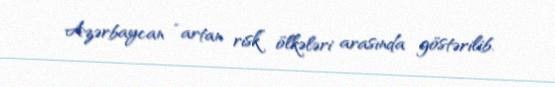
Azərbaycan “artan risk” ölkələri arasında göstərilib.